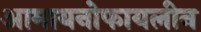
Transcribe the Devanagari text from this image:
आमायनोफायलीन